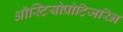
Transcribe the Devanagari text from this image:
ऑस्टियोप्रोटिजरिन